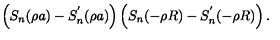
\left( S _ { n } ( \rho a ) - S _ { n } ^ { ' } ( \rho a ) \right) \left( S _ { n } ( - \rho R ) - S _ { n } ^ { ' } ( - \rho R ) \right) .